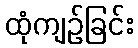
ထုံကျဉ်ခြင်း